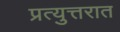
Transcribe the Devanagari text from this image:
प्रत्युत्तरात